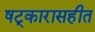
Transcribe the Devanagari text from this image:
षट्कारासहीत